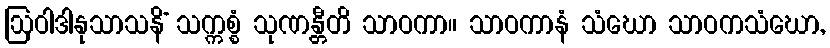
ဩဝါဒါနုသာသနိံ သက္ကစ္စံ သုဏန္တီတိ သာဝကာ။ သာဝကာနံ သံဃော သာဝကသံဃော,